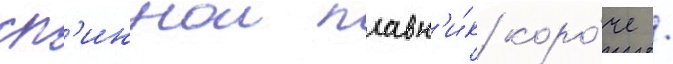
сп'иннои плавн'и́к коро́че /